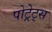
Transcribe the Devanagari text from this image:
पोट्रेट्स